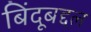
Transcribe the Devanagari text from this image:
बिंदूबद्दल